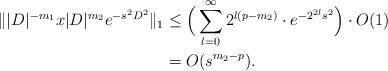
LaTeX: \begin{align*} \||D|^{-m_1}x|D|^{m_2}e^{-s^2D^2}\|_1 &\leq \Big(\sum_{l=0}^{\infty}2^{l(p-m_2)}\cdot e^{-2^{2l}s^2}\Big)\cdot O(1)\\ &= O(s^{m_2-p}). \end{align*}